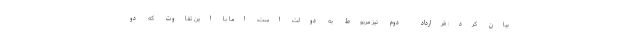
بیان کرد: قرارداد دوم نیز مربوط به دولت است، اما با این تفاوت که دو